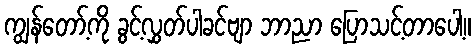
ကျွန်တော့်ကို ခွင့်လွှတ်ပါခင်ဗျာ ဘာညာ ပြောသင့်တာပေါ့။